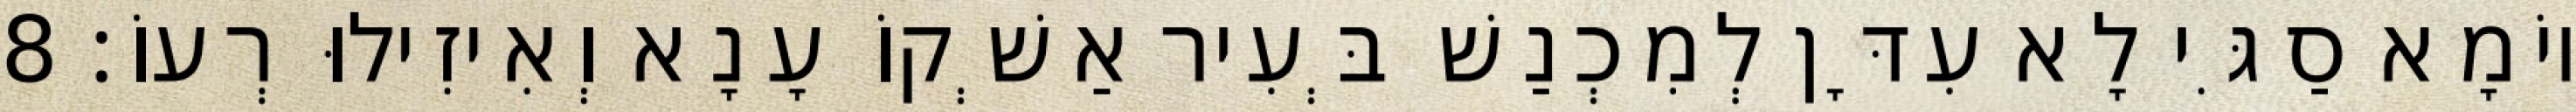
יוֹמָא סַגִּי לָא עִדָּן לְמִכְנַשׁ בְּעִיר אַשְׁקוֹ עָנָא וְאִיזִילוּ רְעוֹ׃ 8